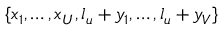
\left\{ x _ { 1 } , \ldots , x _ { U } , l _ { u } + y _ { 1 } , \ldots , l _ { u } + y _ { V } \right\}